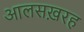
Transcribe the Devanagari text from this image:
आलसख़रह